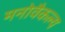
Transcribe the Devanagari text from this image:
मनोवैकल्य